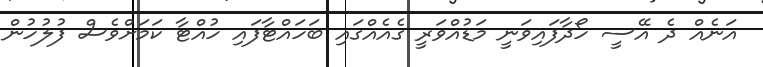
އަނެއް ދެ އޭސީ ހޯދާފައިވަނީ މަޑުއްވަރީ ގެއެއްގައި ބަހައްޓާފައި ހުއްޓާ ކަމަށްވެސް ފުލުހުން